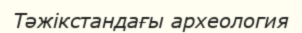
Тәжікстандағы археология